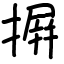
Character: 摒